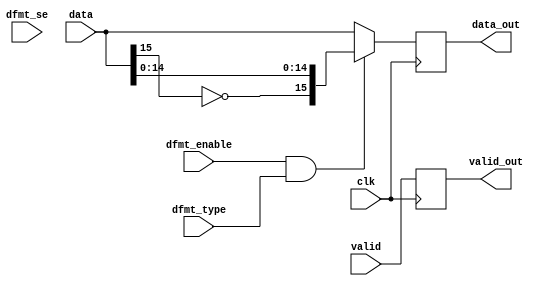
// ***************************************************************************
// ***************************************************************************
// Copyright 2011(c) Analog Devices, Inc.
// 
// All rights reserved.
// 
// Redistribution and use in source and binary forms, with or without modification,
// are permitted provided that the following conditions are met:
//     - Redistributions of source code must retain the above copyright
//       notice, this list of conditions and the following disclaimer.
//     - Redistributions in binary form must reproduce the above copyright
//       notice, this list of conditions and the following disclaimer in
//       the documentation and/or other materials provided with the
//       distribution.
//     - Neither the name of Analog Devices, Inc. nor the names of its
//       contributors may be used to endorse or promote products derived
//       from this software without specific prior written permission.
//     - The use of this software may or may not infringe the patent rights
//       of one or more patent holders.  This license does not release you
//       from the requirement that you obtain separate licenses from these
//       patent holders to use this software.
//     - Use of the software either in source or binary form, must be run
//       on or directly connected to an Analog Devices Inc. component.
//    
// THIS SOFTWARE IS PROVIDED BY ANALOG DEVICES "AS IS" AND ANY EXPRESS OR IMPLIED WARRANTIES,
// INCLUDING, BUT NOT LIMITED TO, NON-INFRINGEMENT, MERCHANTABILITY AND FITNESS FOR A
// PARTICULAR PURPOSE ARE DISCLAIMED.
//
// IN NO EVENT SHALL ANALOG DEVICES BE LIABLE FOR ANY DIRECT, INDIRECT, INCIDENTAL, SPECIAL,
// EXEMPLARY, OR CONSEQUENTIAL DAMAGES (INCLUDING, BUT NOT LIMITED TO, INTELLECTUAL PROPERTY
// RIGHTS, PROCUREMENT OF SUBSTITUTE GOODS OR SERVICES; LOSS OF USE, DATA, OR PROFITS; OR 
// BUSINESS INTERRUPTION) HOWEVER CAUSED AND ON ANY THEORY OF LIABILITY, WHETHER IN CONTRACT,
// STRICT LIABILITY, OR TORT (INCLUDING NEGLIGENCE OR OTHERWISE) ARISING IN ANY WAY OUT OF 
// THE USE OF THIS SOFTWARE, EVEN IF ADVISED OF THE POSSIBILITY OF SUCH DAMAGE.
// ***************************************************************************
// ***************************************************************************
// ***************************************************************************
// ***************************************************************************
// data format (offset binary or 2's complement only)

`timescale 1ps/1ps

module ad_datafmt (

  // data path

  clk,
  valid,
  data,
  valid_out,
  data_out,

  // control signals

  dfmt_enable,
  dfmt_type,
  dfmt_se);

  // delayed data bus width

  parameter   DATA_WIDTH = 16;
  localparam  DW = DATA_WIDTH - 1;

  // data path

  input           clk;
  input           valid;
  input   [DW:0]  data;
  output          valid_out;
  output  [15:0]  data_out;

  // control signals

  input           dfmt_enable;
  input           dfmt_type;
  input           dfmt_se;

  // internal registers

  reg             valid_out = 'd0;
  reg     [15:0]  data_out = 'd0;

  // internal signals

  wire            type_s;
  wire            signext_s;
  wire    [DW:0]  data_s;
  wire    [23:0]  sign_s;
  wire    [23:0]  data_out_s;

  // if offset-binary convert to 2's complement first

  assign type_s = dfmt_enable & dfmt_type;
  assign signext_s = dfmt_enable & dfmt_se;

  assign data_s = (type_s == 1'b1) ? {~data[DW], data[(DW-1):0]} : data;
  assign sign_s = (signext_s == 1'b1) ? {{24{data_s[DW]}}} : 24'd0;
  assign data_out_s = {sign_s[23:(DW+1)], data_s};

  always @(posedge clk) begin
    valid_out <= valid;
    data_out <= data_out_s[15:0];
  end

endmodule

// ***************************************************************************
// ***************************************************************************